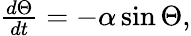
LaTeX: \begin{array}{r}{\frac{d\Theta}{dt}=-\alpha\sin\Theta,}\end{array}